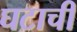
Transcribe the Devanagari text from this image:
घटाची